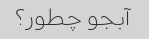
آبجو چطور؟